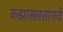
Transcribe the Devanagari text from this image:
कझाखस्तानचे